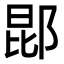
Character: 𬪈